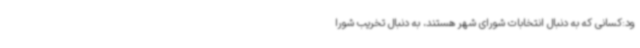
ود:کسانی که به دنبال انتخابات شورای شهر هستند، به دنبال تخریب شورا